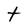
Character: t